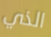
الذي